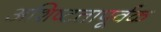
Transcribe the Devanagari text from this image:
अशिष्टतापूर्वक